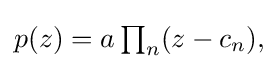
{\textstyle p(z)=a\prod _{n}(z-c_{n}),}